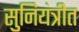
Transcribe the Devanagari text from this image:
सुनियंत्रीत